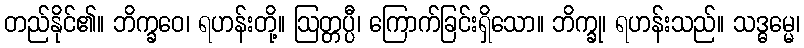
တည်နိုင်၏။ ဘိက္ခဝေ၊ ရဟန်းတို့။ ဩတ္တပ္ပီ၊ ကြောက်ခြင်းရှိသော။ ဘိက္ခု၊ ရဟန်းသည်။ သဒ္ဓမ္မေ၊